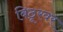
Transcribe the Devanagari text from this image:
बिठूरवर